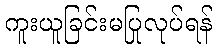
ကူးယူခြင်းမပြုလုပ်ရန်